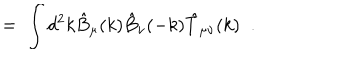
= \; \int d ^ { 2 } k \hat { B } _ { \mu } ( k ) \hat { B } _ { \nu } ( - k ) \hat { T } _ { \mu \nu } ( k ) \; \; .